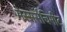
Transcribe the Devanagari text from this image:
मेस्सर्सचिमीट